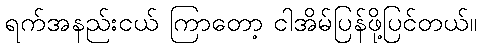
ရက်အနည်းငယ် ကြာတော့ ငါအိမ်ပြန်ဖို့ပြင်တယ်။